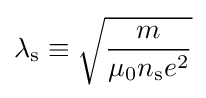
\lambda _{\rm {s}}\equiv {\sqrt {\frac {m}{\mu _{0}n_{\rm {s}}e^{2}}}}